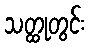
သတ္ထုတွင်း